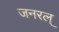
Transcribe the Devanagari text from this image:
जनरल्